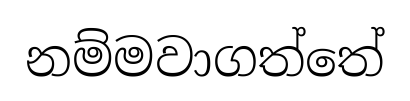
නම්මවාගත්තේ